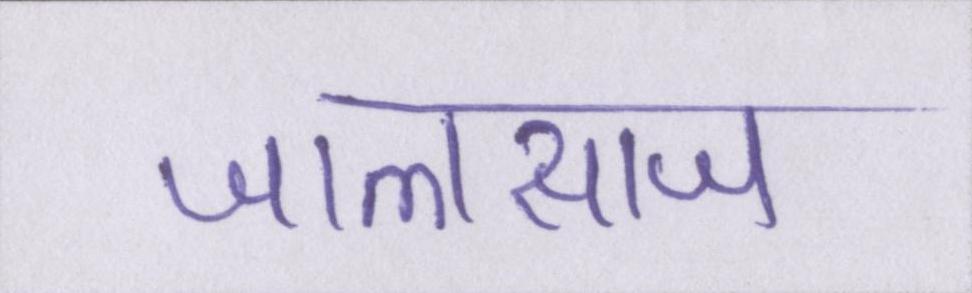
जालसाज